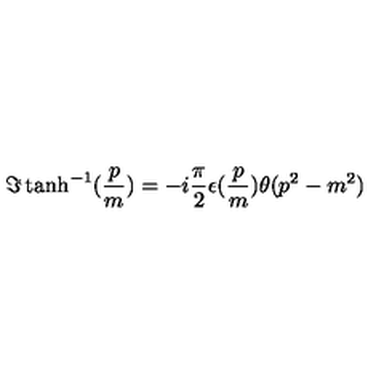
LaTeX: \Im \tanh ^ { - 1 } ( \frac { p } { m } ) = - i \frac { \pi } { 2 } \epsilon ( \frac { p } { m } ) \theta ( p ^ { 2 } - m ^ { 2 } )